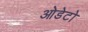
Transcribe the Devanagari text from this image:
ओडेटो